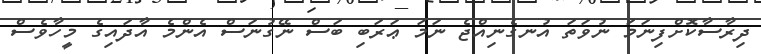
ދިރާސާކޮށްފިނަމަ ނުވަތަ އުނގެނިއްޖެ ނަމަ ޢަރަބި ބަސް ނޭގުނަސް އެންމެ އާދައިގެ މީހާވެސް